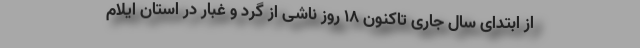
از ابتدای سال جاری تاکنون ۱۸ روز ناشی از گرد و غبار در استان ایلام